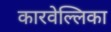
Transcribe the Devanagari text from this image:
कारवेल्लिका